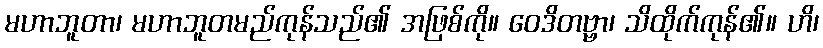
မဟာဘူတာ၊ မဟာဘူတမည်ကုန်သည်၏ အဖြစ်ကို။ ဝေဒိတဗ္ဗာ၊ သိထိုက်ကုန်၏။ ဟိ၊